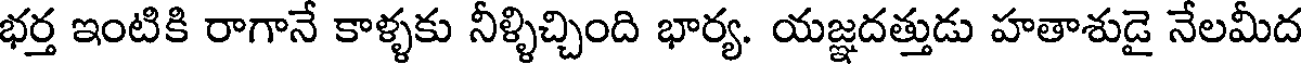
భర్త ఇంటికి రాగానే కాళ్ళకు నీళ్ళిచ్చింది భార్య. యజ్ఞదత్తుడు హతాశుడై నేలమీద